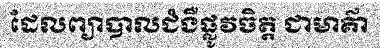
ដែលព្យាបាលជំងឺផ្លូវចិត្ត ជាមាគ៌ា